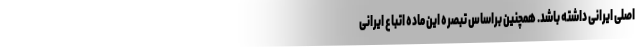
اصلی ایرانی داشته باشد. همچنین براساس تبصره این ماده اتباع ایرانی